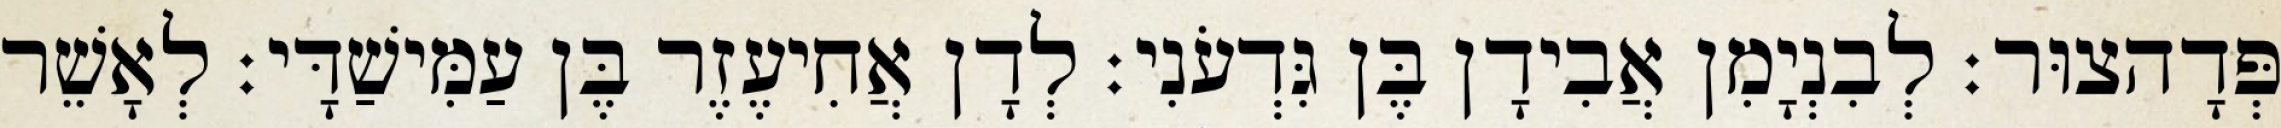
פְּדָהצוּר׃ לְבִנְיָמִן אֲבִידָן בֶּן גִּדְעֹנִי׃ לְדָן אֲחִיעֶזֶר בֶּן עַמִּישַׁדָּי׃ לְאָשֵׁר